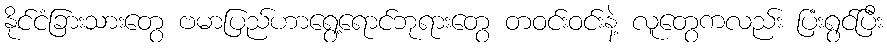
နိုင်ငံခြားသားတွေ ဗမာပြည်ဟာရွေ့ရောင်ဘုရားတွေ တဝင်းဝင်းနဲ့ လူတွေကလည်း ပြံးရွင်ပြီး